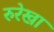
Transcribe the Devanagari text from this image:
रुरेखा